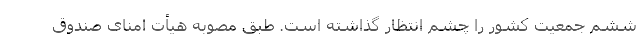
ششم جمعیت کشور را چشم انتظار گذاشته است. طبق مصوبه هیأت امنای صندوق